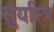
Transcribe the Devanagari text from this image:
सुर्यास्त्र